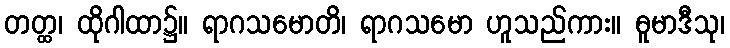
တတ္ထ၊ ထိုဂါထာ၌။ ရာဂသမောတိ၊ ရာဂသမော ဟူသည်ကား။ ဓူမာဒီသု၊